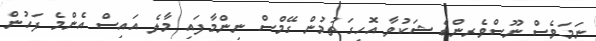
ނަމަވެސް ނޫސްވެރިންގެ ޝަކުވާ އޮހިގަތުމުން ގޭމްސް ނިންމާފައި މާލެ އައިސް އެންމެ ފަހުން